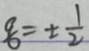
\frac { q } { b } = \pm \frac { 1 } { 2 }